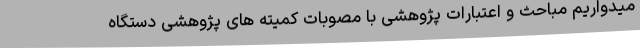
میدواریم مباحث و اعتبارات پژوهشی با مصوبات کمیته های پژوهشی دستگاه